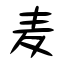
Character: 麦